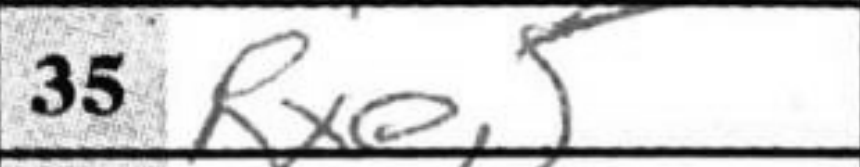
Transcription: Rxe5